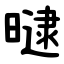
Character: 曃